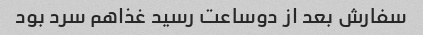
سفارش بعد از دوساعت رسید غذاهم سرد بود